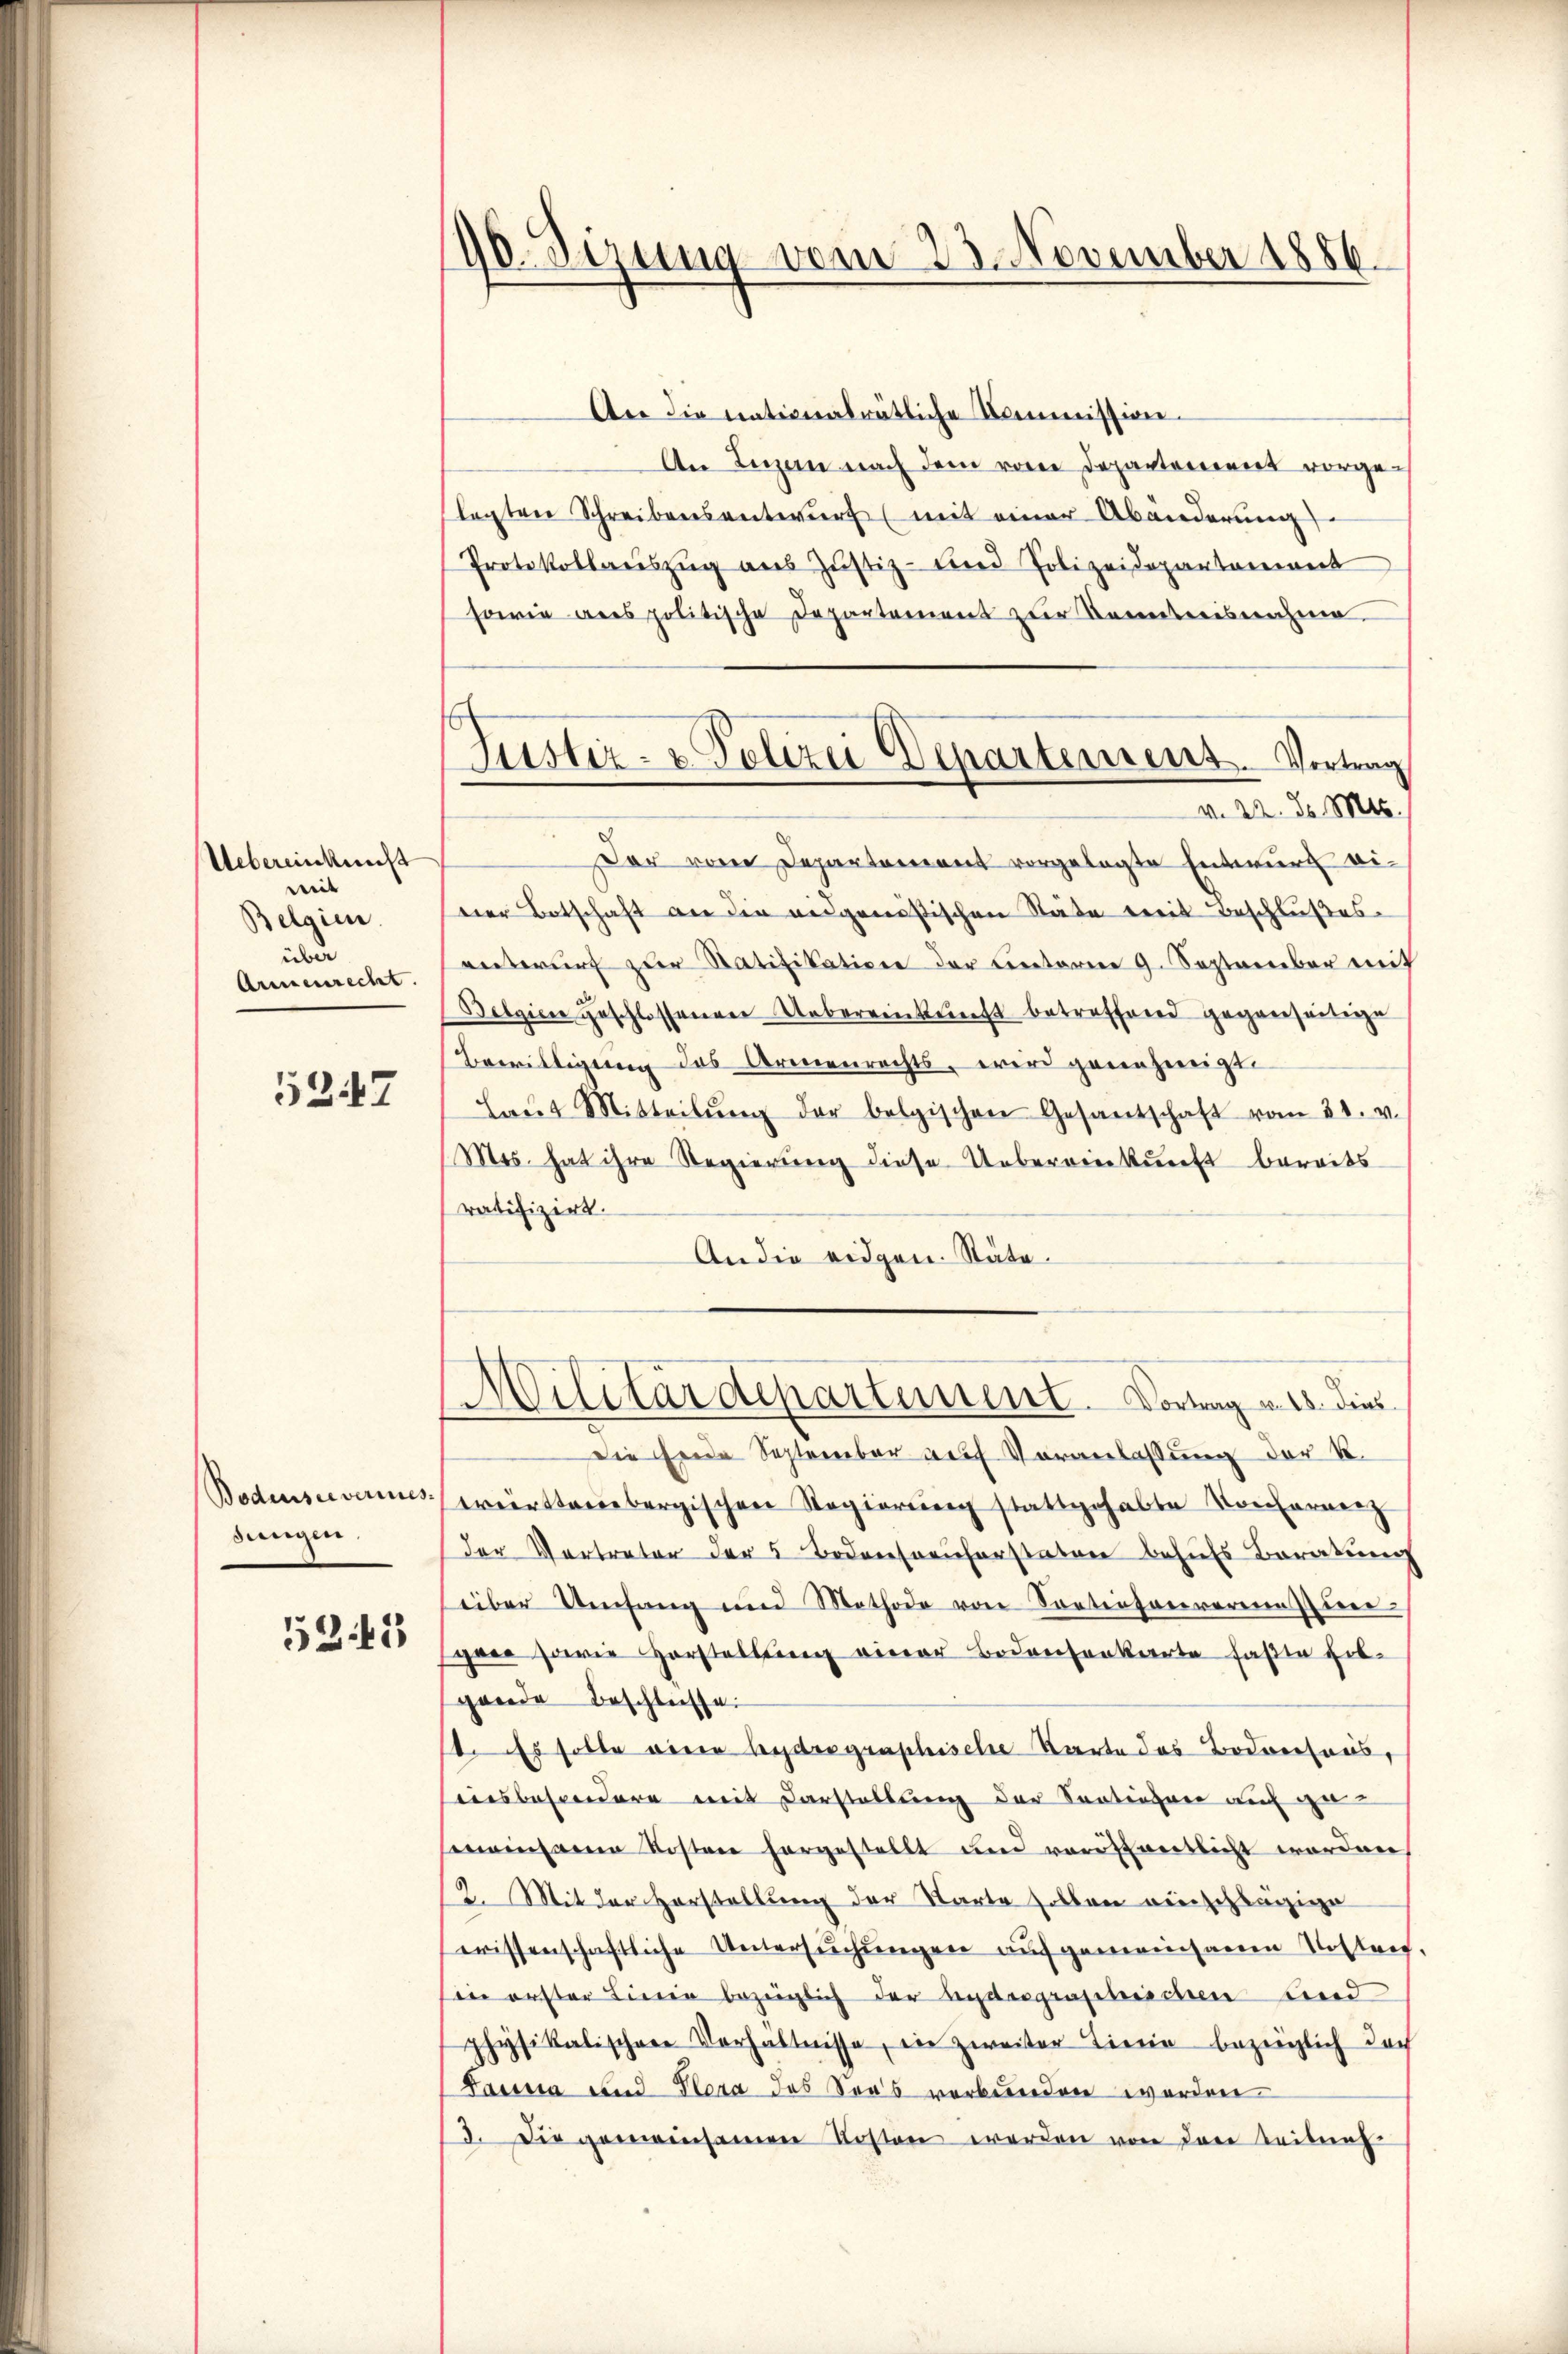
Uebereinkunft
weit |
Belgien.
über
Armenrecht.

5347

Bodenseeverines
sungen.

53. 45

96. Sizung vom 23. November 1886.

An die nationalrätliche Kommission.
An Luzern nach dem vom Departement vorgelagten Schreibensentwurf (mit einer Abänderung
Protokollaŭszŭg aŭs Jŭstiz- und Polizeidepartement
sowie ans politische Departement zur Kenntnisnahme
Der vom Departement vorgelegte Entwurf eivier Botschaft an die eidgenößischen Stäte weit Beschlußes.
entwurf zur Ratifikation der Unterm 9. September mit
Belgiere geschlossenerer Uebereinkunft betreffend gegenseitige
Bewilligung des Armenrechts, wird genehmigt.
Laŭt Mitteilŭng der belgischen Gesantschaft vom 31. v.
Mos. hat ihre Regierung diese Uebereinkunft bereits
ratifizirt.
An die eidgen. Stäte.
Militärdepartement. Vortrag u. 15. dies
Die Heide September auf Voranlassung der K.
württembergischen Regierŭng stattgehabte Konfernenz
der Vertreter der 5 Bodensreicherstaten behufs Beratung
über Umfang und Methode von Sortirtenvereinstunpree sowie Vorstellung einer Bodensenkarte faßte Erb-
gende Beschlüsse.
t. Es solle eine beyder graphische Karte des Bodensees,
eiesbesondere mit Darstellung der Sentingen auch ge-
meinsamen Kosten hergestellt und vorstwertlicht worden
12. Mit der Horstellung der Warte sollen einschlägige
erissenschaftliche Untersŭchŭngen aufgemeinsamen Nostraf,
in erster Linie bezeiglich der andesgraphischen und
physikalischen Verhältnisse, ein zweiter Linie bezeiglich doch
Panna und Hera des Sees verbunden worden
3. Die gemeinsamen Kosten werden von der Leitung

Justiz- & Polizei Departemens. Vortrag
v. 22. d. Mts.